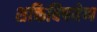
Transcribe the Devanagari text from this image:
शक्तिविषयेण